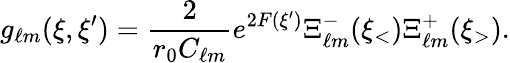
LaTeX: g_{\ell m}(\xi,\xi^{\prime})={\frac{2}{r_{0}C_{\ell m}}}e^{2F(\xi^{\prime})}\Xi_{\ell m}^{-}(\xi_{<})\Xi_{\ell m}^{+}(\xi_{>}).